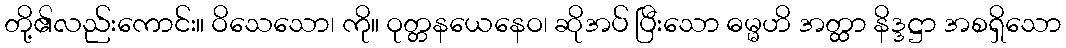
တို့၏လည်းကောင်း။ ဝိသေသော၊ ကို။ ဝုတ္တနယေနေဝ၊ ဆိုအပ် ပြီးသော ဓမ္မဟိ အတ္ထာ နိဒ္ဒဋ္ဌာ အစရှိသော